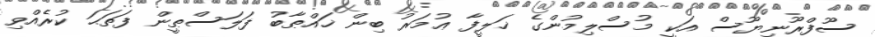
ސޫފްރޫނިޔޫސް އަކީ މުސްލިމުންގެ ޚަލީފާ ޢުމަރު ބިން ޚައްޠާބު ފަލަސްޠީން ފަތަޙަ ކުރެއްވި